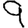
Digit: 9